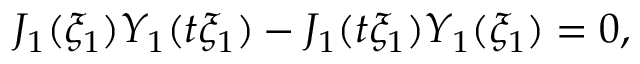
J _ { 1 } ( \xi _ { 1 } ) Y _ { 1 } ( t \xi _ { 1 } ) - J _ { 1 } ( t \xi _ { 1 } ) Y _ { 1 } ( \xi _ { 1 } ) = 0 ,